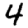
Digit: 4